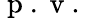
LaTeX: \mathrm{~p~.~v~.~}